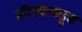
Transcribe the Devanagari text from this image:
हॉटस्परकडून